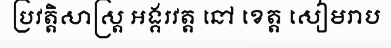
ប្រវត្តិសាស្ត្រ អង្គរវត្ត នៅ ខេត្ត សៀមរាប